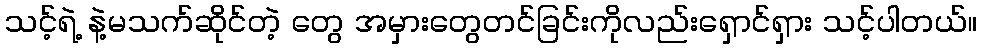
သင့်ရဲ့ နဲ့မသက်ဆိုင်တဲ့ တွေ အမှားတွေတင်ခြင်းကိုလည်းရှောင်ရှား သင့်ပါတယ်။